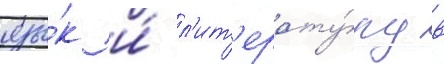
язы́к и́ л'ит'ерату́ру в